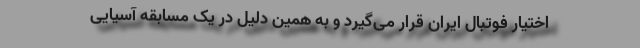
اختیار فوتبال ایران قرار می‌گیرد و به همین دلیل در یک مسابقه آسیایی